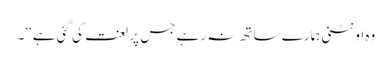
وہ اونٹنی ہمارے ساتھ نہ رہے جس پر لعنت کی گئی ہے‘‘۔